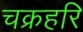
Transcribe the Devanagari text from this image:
चक्रहरि